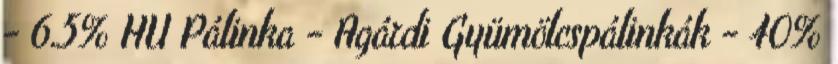
- 6.5% HU Pálinka - Agárdi Gyümölcspálinkák - 40%